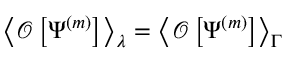
\left< \mathcal O \left[ \Psi ^ { ( m ) } \right] \right> _ { \lambda } = \left< \mathcal O \left[ \Psi ^ { ( m ) } \right] \right> _ { \Gamma }